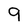
Character: 9